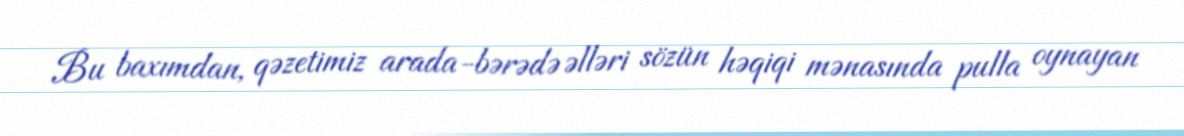
Bu baxımdan, qəzetimiz arada-bərədə əlləri sözün həqiqi mənasında pulla oynayan